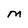
Character: M